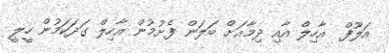
އަލޫފް  އާހިލް އާއި ދިމާއަށް ބަލަން ފެށުމުން އާހިލް ގަދަކަމުން ހީލީ